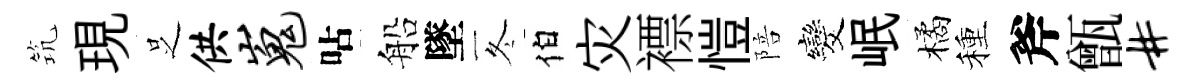
𥬑現𠯁供嵬呫船墜冬伯灾褾愷陪发岷橘種斧甑#